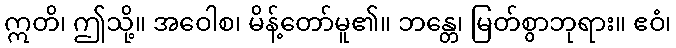
ဣတိ၊ ဤသို့။ အဝေါစ၊ မိန့်တော်မူ၏။ ဘန္တေ၊ မြတ်စွာဘုရား။ ဧဝံ၊